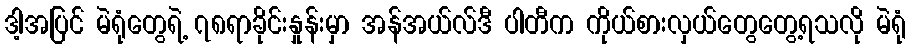
ဒါ့အပြင် မဲရုံတွေရဲ့ ၇၈ရာခိုင်းနှုန်းမှာ အန်အယ်လ်ဒီ ပါတီက ကိုယ်စားလှယ်တွေတွေ့ရသလို မဲရုံ